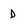
Character: D